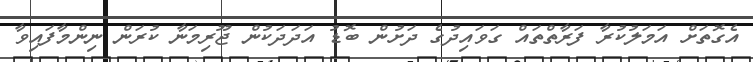
އެގޮތަށް އަމަލުކުރާ ފަރާތްތައް ގަވައިދުގެ ދަށުން ބޮޑު އަދަދަކުން ޖޫރިމަނާ ކުރަން ނިންމާފައިވާ